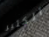
الكثير